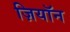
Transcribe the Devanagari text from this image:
ज़ियॉन